Annual statistical returns and brief notes on vaccination in Bengal - 1887-1898
Year: 1887
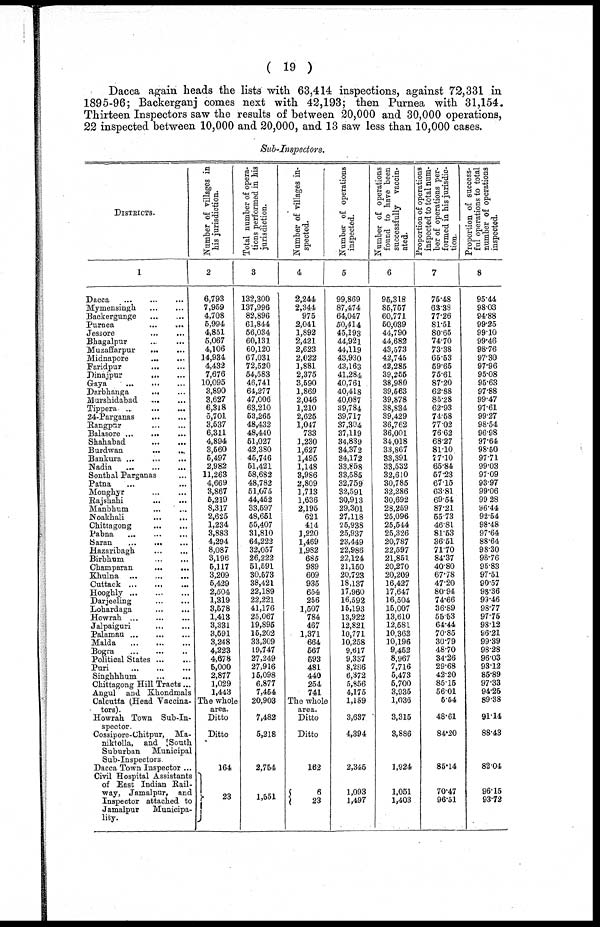
( 19 )
Dacca again heads the lists with 63,414 inspections, against 72,331 in
1895-96; Backerganj comes next with 42,193; then Purnea with 31,154.
Thirteen Inspectors saw the results of between 20,000 and 30,000 operations,
22 inspected between 10,000 and 20,000, and 13 saw less than 10,000 cases.
Sub-Inspectors.
DISTRICTS.
1
Dacca
...
...
...
Mymensingh
...
...
Backergunge
...
...
Purnea
...
...
Jessore
...
...
Bhagalpur
...
...
Muzaffarpur
...
...
Midnapore ... ...
Faridpur
...
...
Dinajpur
...
...
Gaya ... ... ...
Darbhanga
...
...
Murshidabad
...
...
Tippera
...
...
...
24-Parganas
...
...
Rangpur
...
...
Balasore
...
...
...
Shahabad
...
...
Burdwan
...
...
Bankura
...
...
...
Nadia
...
...
...
Sonthal Parganas ...
Patna ... ... ...
Monghyr
...
...
Rajshahi
...
...
Manbhum
...
...
Noakhali
...
...
Chittagong
...
...
Pabna
...
...
...
Saran
...
...
...
Hazaribagh ... ...
Birbhum
...
...
Champaran
...
Khulna
...
...
...
Cuttack
...
...
...
Hooghly
...
...
...
Darjeeling
...
...
Lohardaga
...
...
Howrah
...
...
...
Jalpaiguri ... ...
Palamau
...
...
...
Malda
...
...
...
Bogra
...
...
...
Political States ... ...
Puri
...
...
...
Singhhhum
...
...
Chittagong Hill Tracts...
Angul and Khondmals
Calcutta (Head Vaccina-
tors).
Howrah Town Sub-In-
--------
Cossipore-Chitpur, Ma¬
niktolla, and South
Suburban Municipal
Sub-Inspectors
Dacca Town Inspector ...
Civil Hospital Assistants
of East Indian Rail¬
way, Jamalpur, and
Inspector attached to
Jamalpur
Municipa-
lity.
Number of villages in
his jurisdiction.
2
6,793
7,959
4,708
5,994
4,851
5,067
4,106
14,934
4,432
7,676
10,095
3,890
3,627
6,318
5,701
3,537
6,311
4,894
3,560
5,497
2,982
11,263
4,669
3,867
5,219
8,317
2,625
1,234
3,883
4,294
8,087
3,196
5,117
3,209
5,429
2,504
1,319
3,578
1,413
3,331
3,591
3,248
4,223
4,678
5,000
2,877
1,029
1,443
The whole
area.
Ditto
Ditto
164
23
Total number of opera-
tions performed in his
jurisdiction.
3
132,300
137,996
82,896
61,844
56,034
60,131
60,120
67,031
72,520
54,583
46,741
64,277
47,006
63,210
53,265
48,432
48,440
51,027
42,380
45,746
51,421
58,682
48,782
51,675
44,452
33,597
48,651
55,407
31,810
64,222
32,057
26,222
51,591
30,573
38,421
22,189
22,221
41,176
25,067
19,895
15,202
33,309
19,747
27,249
27,916
15,098
6,877
7,454
20,903
7,482
5,218
2,754
1,551
Number of villages in-
spected.
4
2,244
2,344
975
2,041
1,892
2,421
2,623
2,022
1,881
2,375
3,590
1,869
2,046
1,210
2,625
1,047
733
1,230
1,627
1,495
1,148
3,986
2,809
1,713
1,636
2,195
621
414
1,220
1,469
1,982
685
989
609
935
654
256
1,507
784
467
1,371
664
567
593
481
440
254
741
The whole
area.
Ditto
Ditto
162
6
23
Number of operations
inspected.
5
99,869
87,474
64,047
50,414
45,193
44,921
44,119
43,930
43,163
41,284
40,761
40,418
40,087
39,784
39,717
37,304
37,119
34,839
34,372
34,172
33,858
33,585
32,759
32,591
30,913
29,301
27,118
25,938
25,937
23,449
22,986
22,124
21,150
20,723
18,137
17,960
16,592
15,193
13,922
12,821
10,771
30,258
9,617
9,337
8,286
6,372
5,856
4,175
1,159
3,637
4,394
2,345
1,093
1,497
Number of operations
found to have been
successfully vaccin-
ated.
6
96,318
85,757
60,771
50,039
44,790
44,682
43,573
42,745
42,285
39,255
38,980
39,563
39,878
38,834
39,429
36,762
36,001
34,018
33,867
33,391
33,532
32,610
30,785
32,286
30,692
28,259
25,096
25,544
25,326
20,787
22,597
21,851
20,270
20,209
16,427
17,647
16,504
15,007
13,610
12,581
10,363
10,196
9,452
8,967
7,716
5,473
5,700
3,935
1,036
3,315
3,886
1,924
1,051
1,403
Proportion of operations
inspected to total num-
ber of operations per-
formed in his jurisdic-
tion.
7
75.48
63.38
77.26
81.51
80.65
74.70
73.38
65.53
59.65
75.61
87.20
62.88
85.28
62.93
74.58
77.02
76.62
68.27
81.10
77.10
65.84
57.23
67.15
63.81
69.54
87.21
55.73
46.81
81.53
36.51
71.70
84.37
40.80
67.78
47.20
80.94
74.66
36.89
55.53
64.44
70.85
30.79
48.70
34.26
29.68
42.20
85.15
56.01
5.54
48.61
84.20
85.14
70.47
96.51
Proportion of success-
ful operations to total
number of operations
inspected.
8
95.44
98.03
94.88
99.25
99.10
99.46
98.76
97.30
97.96
95.08
95.63
97.88
99.47
97.61
99.27
98.54
96.98
97.64
98.50
97.71
99.03
97.09
93.97
99.06
99.28
96.44
92.54
98.48
97.64
88.64
98.30
98.76
95.83
97.51
90.57
98.36
99.46
98.77
97.75
98.12
96.21
99.39
98.28
96.03
93.12
85.89
97.33
94.25
89.38
91.14
88.43
82.04
96.15
93.72